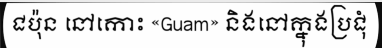
ជប៉ុន នៅកោះ «Guam» និងនៅក្នុងប្រជុំ